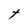
Character: t